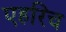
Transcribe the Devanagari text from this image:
एहरिच